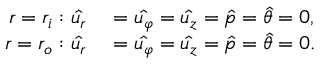
\begin{array} { r l } { r = r _ { i } : \hat { u _ { r } } } & { { } = \hat { u _ { \varphi } } = \hat { u _ { z } } = \hat { p } = \hat { \theta } = 0 , } \\ { r = r _ { o } : \hat { u _ { r } } } & { { } = \hat { u _ { \varphi } } = \hat { u _ { z } } = \hat { p } = \hat { \theta } = 0 . } \end{array}